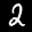
Label: 2